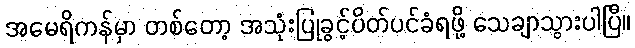
အမေရိကန်မှာ တစ်တော့ အသုံးပြုခွင့်ပိတ်ပင်ခံရဖို့ သေချာသွားပါပြီ။